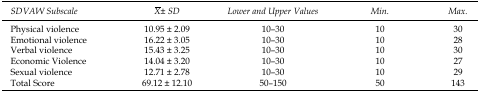
<table><thead><tr><td><b>SDVAW Subscale</b></td><td><b>X̄ ± SD</b></td><td><b>Lower and Upper Values</b></td><td><b>Min.</b></td><td><b>Max.</b></td></tr></thead><tbody><tr><td>Physical violence</td><td>10.95 ± 2.09</td><td>10–30</td><td>10</td><td>30</td></tr><tr><td>Emotional violence</td><td>16.22 ± 3.05</td><td>10–30</td><td>10</td><td>28</td></tr><tr><td>Verbal violence</td><td>15.43 ± 3.25</td><td>10–30</td><td>10</td><td>30</td></tr><tr><td>Economic Violence</td><td>14.04 ± 3.20</td><td>10–30</td><td>10</td><td>27</td></tr><tr><td>Sexual violence</td><td>12.71 ± 2.78</td><td>10–30</td><td>10</td><td>29</td></tr><tr><td>Total Score</td><td>69.12 ± 12.10</td><td>50–150</td><td>50</td><td>143</td></tr></tbody></table>